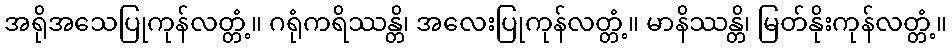
အရိုအသေပြုကုန်လတ္တံ့။ ဂရုံကရိဿန္တိ၊ အလေးပြုကုန်လတ္တံ့။ မာနိဿန္တိ၊ မြတ်နိုးကုန်လတ္တံ့။